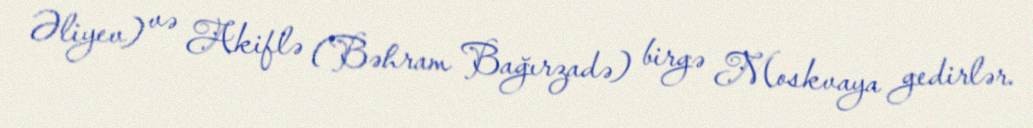
Əliyev) və Akiflə (Bəhram Bağırzadə) birgə Moskvaya gedirlər.